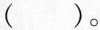
()。